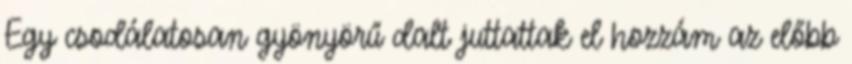
Egy csodálatosan gyönyörű dalt juttattak el hozzám az előbb